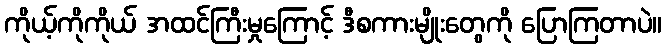
ကိုယ့်ကိုကိုယ် အထင်ကြီးမှုကြောင့် ဒီစကားမျိုးတွေကို ပြောကြတာပဲ။